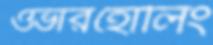
ওভারহোলিং